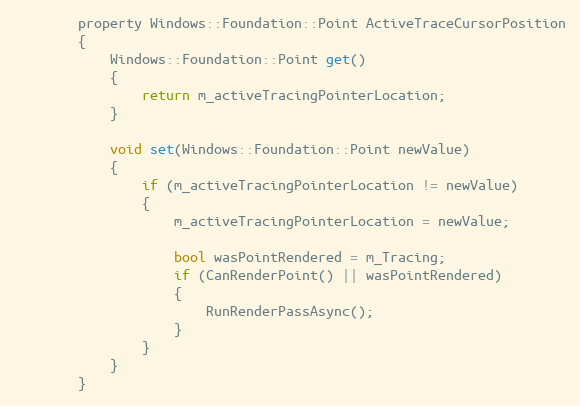
Language: C
        property Windows::Foundation::Point ActiveTraceCursorPosition
        {
            Windows::Foundation::Point get()
            {
                return m_activeTracingPointerLocation;
            }

            void set(Windows::Foundation::Point newValue)
            {
                if (m_activeTracingPointerLocation != newValue)
                {
                    m_activeTracingPointerLocation = newValue;

                    bool wasPointRendered = m_Tracing;
                    if (CanRenderPoint() || wasPointRendered)
                    {
                        RunRenderPassAsync();
                    }
                }
            }
        }